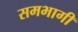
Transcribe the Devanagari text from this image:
समभागी